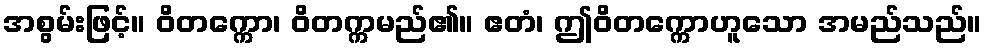
အစွမ်းဖြင့်။ ဝိတက္ကော၊ ဝိတက္ကမည်၏။ ဧတံ၊ ဤဝိတက္ကောဟူသော အမည်သည်။